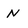
Character: n